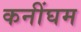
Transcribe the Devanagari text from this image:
कनींघम